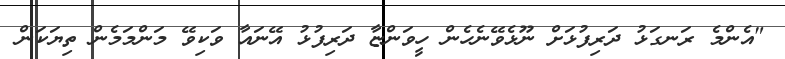
"އެންމެ ރަނގަޅު ދަރިފުޅަށް ނޫޅެވޭނެހެން ހީވަންޏާ ދަރިފުޅު އޭނައާ ވަކިވޭ މަންމަމެން ތިޔަކަން